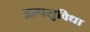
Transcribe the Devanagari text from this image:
अल्पसुविधा